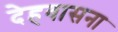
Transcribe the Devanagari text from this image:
देहवासना